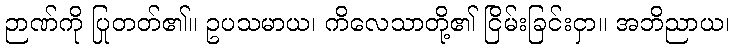
ဉာဏ်ကို ပြုတတ်၏။ ဥပသမာယ၊ ကိလေသာတို့၏ ငြိမ်းခြင်းငှာ။ အဘိညာယ၊